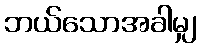
ဘယ်သောအခါမျှ